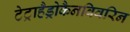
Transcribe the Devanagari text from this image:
टेट्राहैड्रोकैनबिवरिन